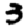
Digit: 3